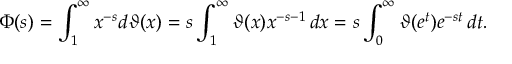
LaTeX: \Phi ( s ) = \int _ { 1 } ^ { \infty } x ^ { - s } d \vartheta ( x ) = s \int _ { 1 } ^ { \infty } \vartheta ( x ) x ^ { - s - 1 } \, d x = s \int _ { 0 } ^ { \infty } \vartheta ( e ^ { t } ) e ^ { - s t } \, d t .